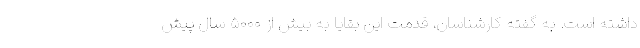
داشته است. به گفته کارشناسان، قدمت این بقایا به بیش از ۵۰۰۰ سال پیش